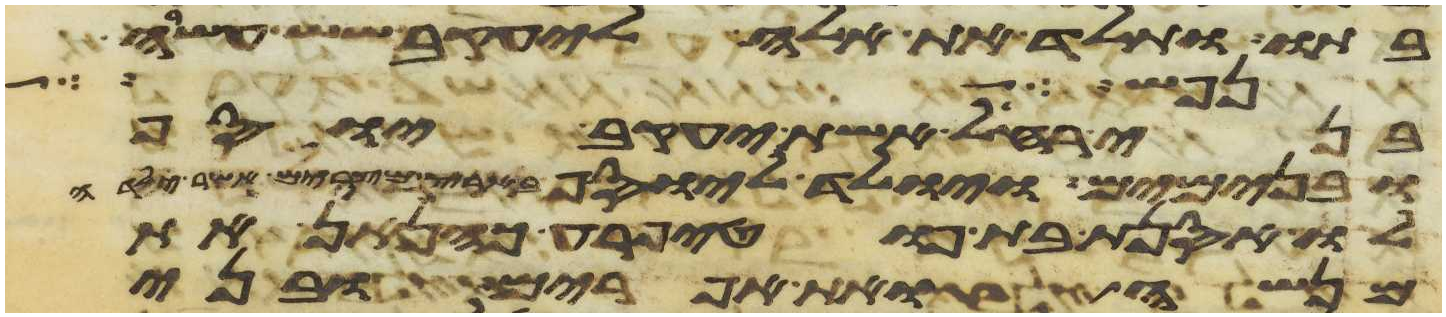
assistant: בתו ותלד את אלה ליעקב שש עשרה
נפש או איש
בני רחל אשת יעקב יוסף
ובנימים ויולד ליוסף בארץ מצרים אשר ילדה
לו אסנת בת פוטיפרע כהנאן את
מנשה ואת אפרים ובני